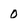
Character: 0